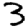
Digit: 3